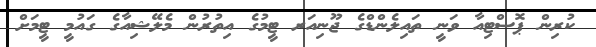
ކުރިން ޕޮސްޓިއާ ވަނީ ތައިލެންޑްގެ ޖޫނިއަރ ޓީމުގެ އިތުރުން މެލޭޝިއާގެ ގައުމީ ޓީމަށް